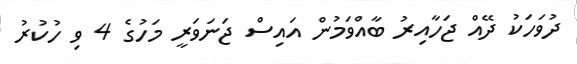
ދުވަހަކު ދޭއް ޖަހާއިރު ބާއްވަމުން އައިސް ޖަނަވަރީ މަހުގެ 4 ވި ހުކުރު